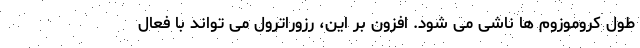
طول کروموزوم ها ناشی می شود. افزون بر این، رزوراترول می تواند با فعال